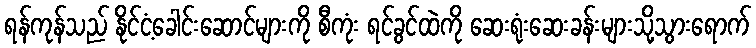
ရန်ကုန်သည် နိုင်ငံ့ခေါင်းဆောင်များကို စီကုံး ရင်ခွင်ထဲကို ဆေးရုံးဆေးခန်းများသို့သွားရောက်